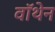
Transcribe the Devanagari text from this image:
वॉथेन